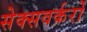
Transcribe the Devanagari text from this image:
सेक्सवर्करों